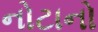
નોટાનો